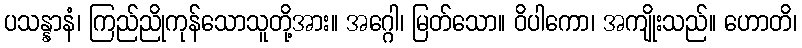
ပသန္နာနံ၊ ကြည်ညိုကုန်သောသူတို့အား။ အဂ္ဂေါ၊ မြတ်သော။ ဝိပါကော၊ အကျိုးသည်။ ဟောတိ၊